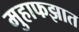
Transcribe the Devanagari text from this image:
मुहाफझात